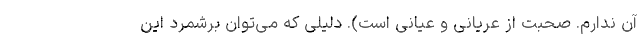
آن ندارم. صحبت از عریانی و عیانی است). دلیلی که می‌توان برشمرد این